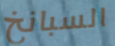
السبانخ